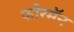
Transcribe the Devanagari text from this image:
फोरमॅन